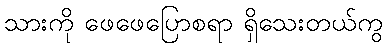
သားကို ဖေဖေပြောစရာ ရှိသေးတယ်ကွ